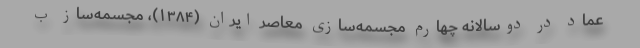
عماد در دوسالانه چهارم مجسمه‌سازی معاصر ایران (۱۳۸۴)، مجسمه‌ساز ب